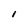
Character: l